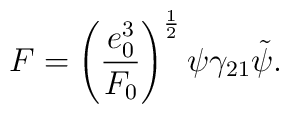
F = \left( \frac{e_0^3}{F_0} \right)^{\frac{1}{2}} \psi \gamma_{21}\tilde{\psi} .